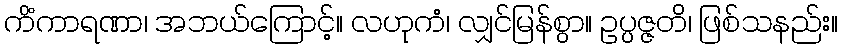
ကိံကာရဏာ၊ အဘယ်ကြောင့်။ လဟုကံ၊ လျှင်မြန်စွာ။ ဥပ္ပဇ္ဇတိ၊ ဖြစ်သနည်း။